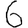
Digit: 6